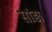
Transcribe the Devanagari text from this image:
सांड़ा